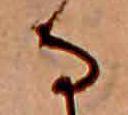
な